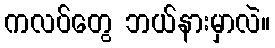
ကလပ်တွေ ဘယ်နားမှာလဲ။